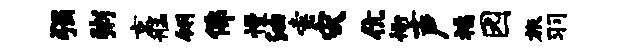
强粥京艋翎佛慢油索灾伉衙声福园旅羽